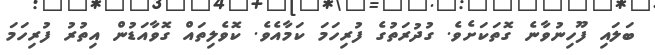
ބަލައި ފޫހިނުވާނެ ގޮތަަކަށެވެ. ގުދުރަތުގެ ފުރިހަމަ ކަމާއެވެ. ކޮވެލިތައް ގޮވާއަޑުން އިތުރު ފުރިހަމަ